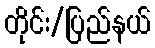
တိုင်း/ပြည်နယ်